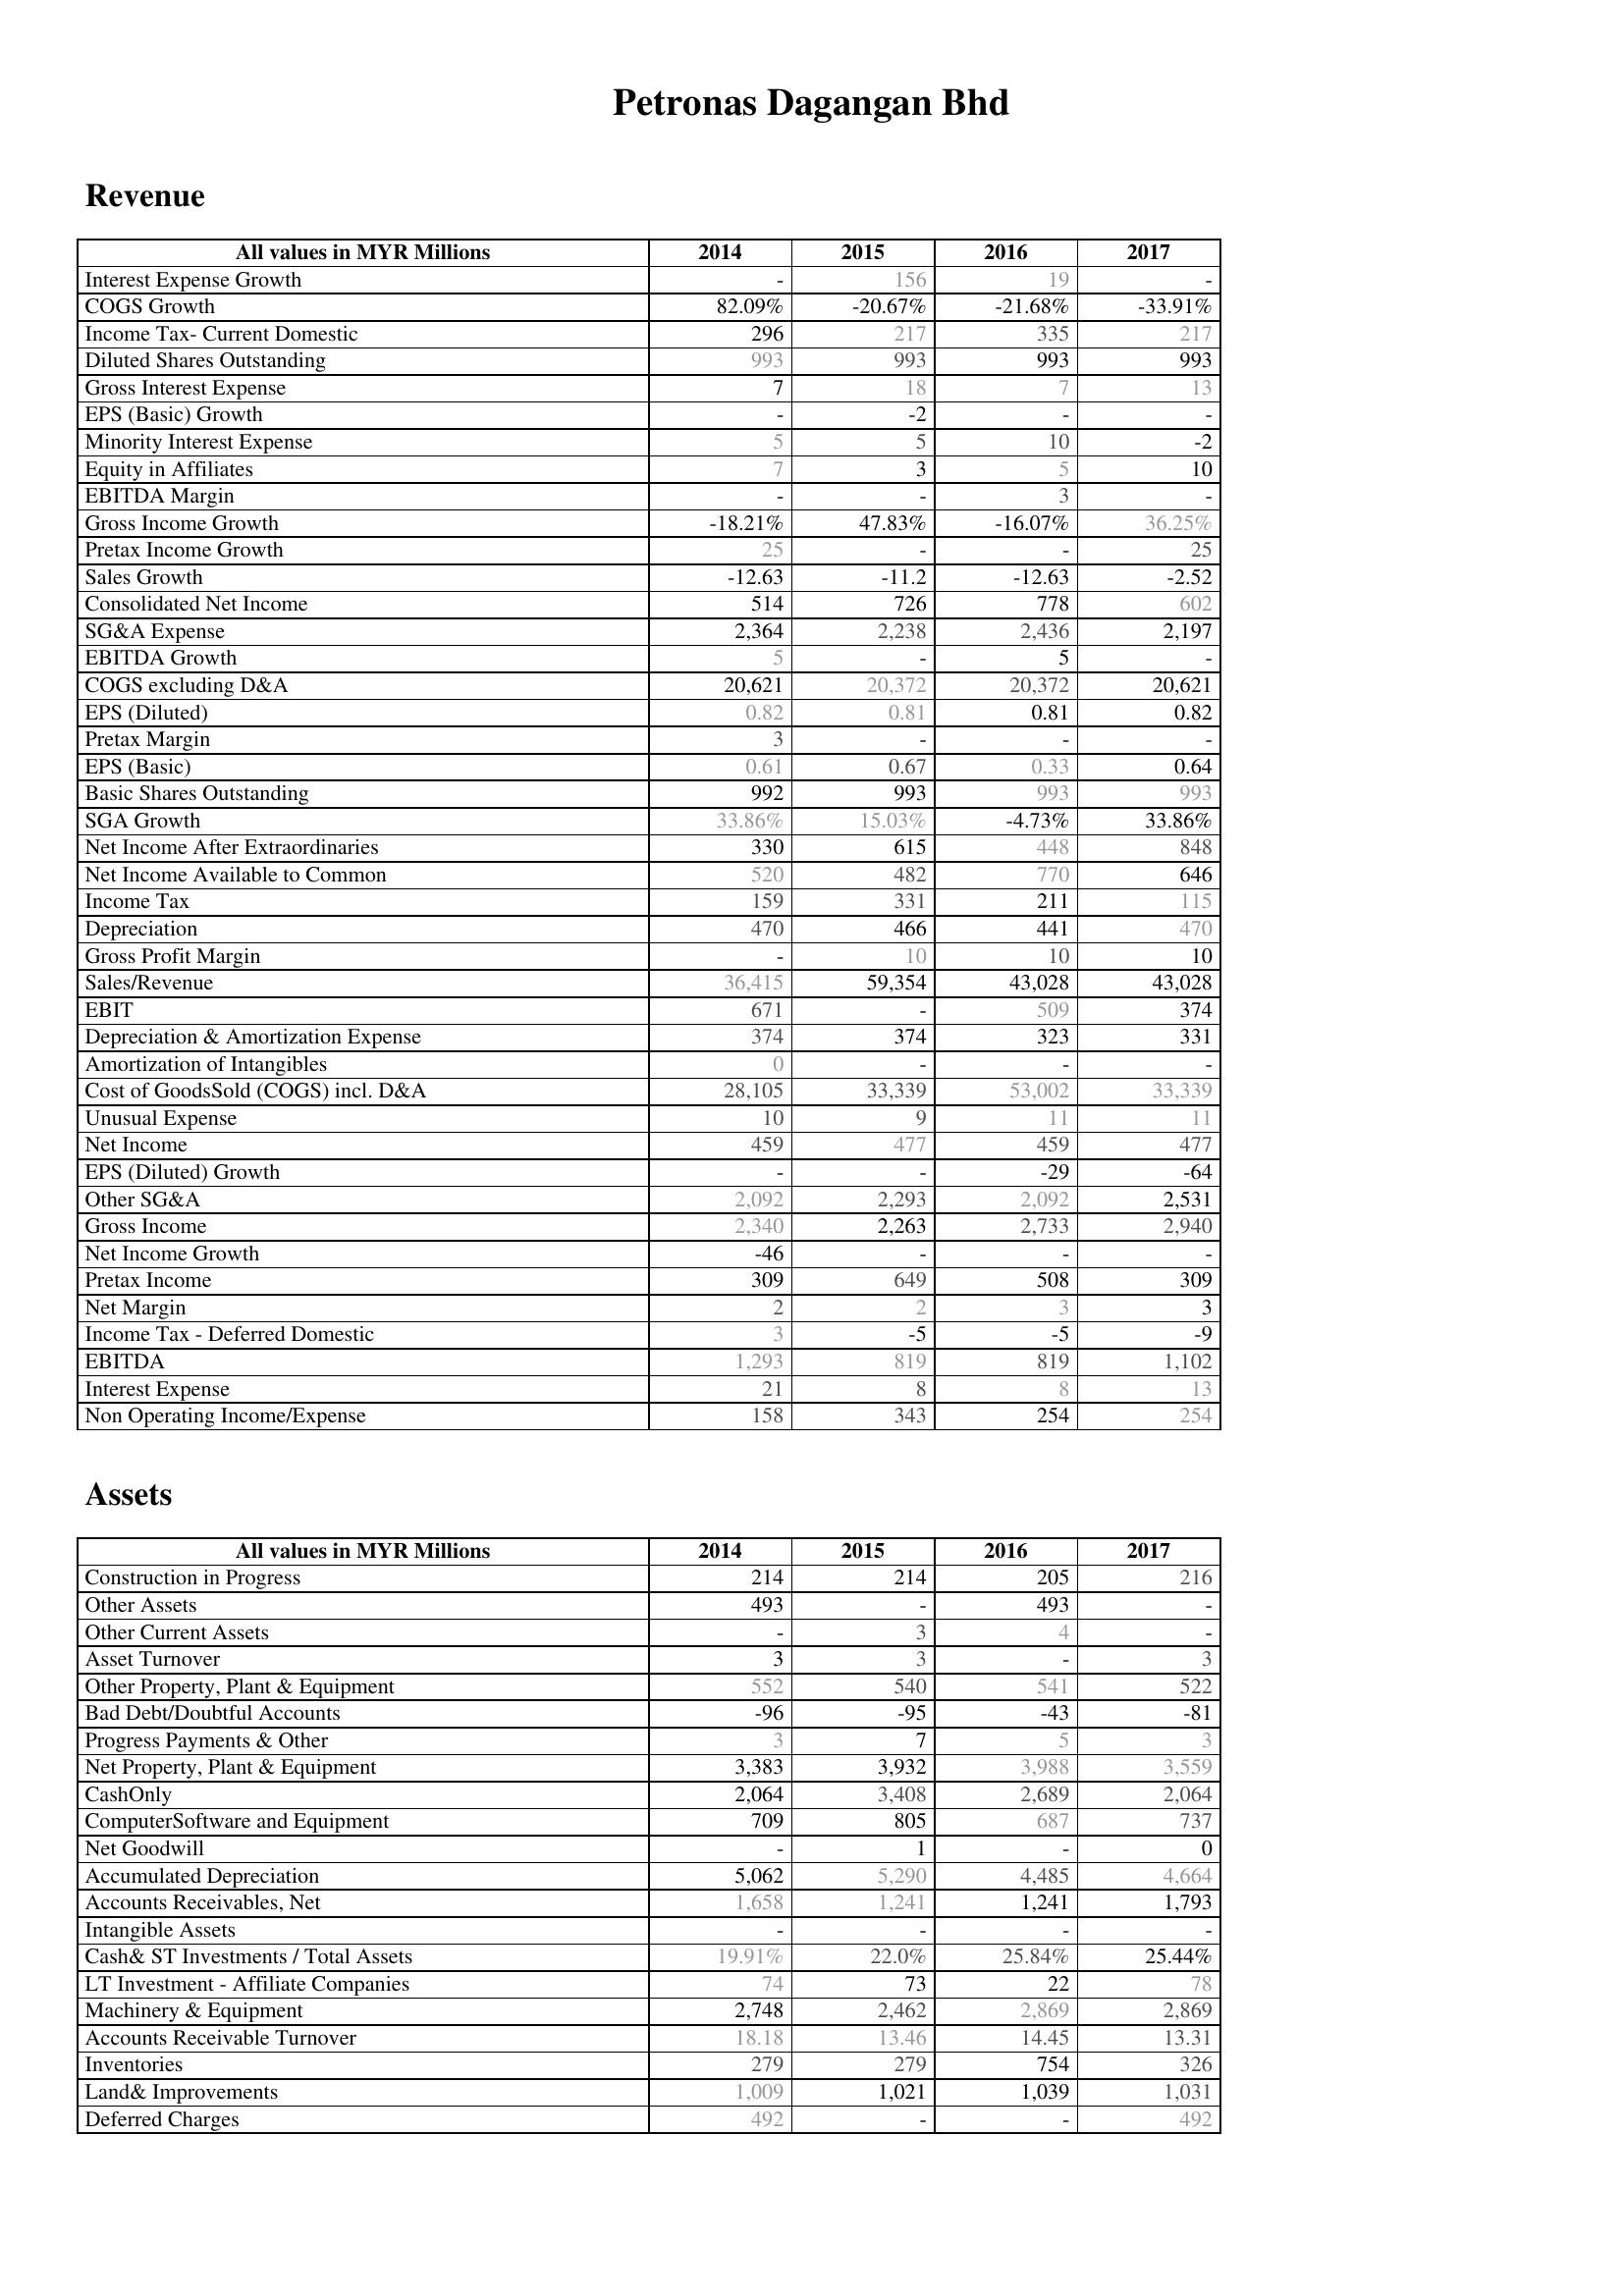
2014: Revenue: Interest Expense Growth: -
COGS Growth: 82.09%
Income Tax- Current Domestic: 296
Diluted Shares Outstanding: 993
Gross Interest Expense: 7
EPS (Basic) Growth: -
Minority Interest Expense: 5
Equity in Affiliates: 7
EBITDA Margin: -
Gross Income Growth: -18.21%
Pretax Income Growth: 25
Sales Growth: -12.63
Consolidated Net Income: 514
SG&A Expense: 2,364
EBITDA Growth: 5
COGS excluding D&A: 20,621
EPS (Diluted): 0.82
Pretax Margin: 3
EPS (Basic): 0.61
Basic Shares Outstanding: 992
SGA Growth: 33.86%
Net Income After Extraordinaries: 330
Net Income Available to Common: 520
Income Tax: 159
Depreciation: 470
Gross Profit Margin: -
Sales/Revenue: 36,415
EBIT: 671
Depreciation & Amortization Expense: 374
Amortization of Intangibles: 0
Cost of GoodsSold (COGS) incl. D&A: 28,105
Unusual Expense: 10
Net Income: 459
EPS (Diluted) Growth: -
Other SG&A: 2,092
Gross Income: 2,340
Net Income Growth: -46
Pretax Income: 309
Net Margin: 2
Income Tax - Deferred Domestic: 3
EBITDA: 1,293
Interest Expense: 21
Non Operating Income/Expense: 158
Assets: Construction in Progress: 214
Other Assets: 493
Other Current Assets: -
Asset Turnover: 3
Other Property, Plant & Equipment: 552
Bad Debt/Doubtful Accounts: -96
Progress Payments & Other: 3
Net Property, Plant & Equipment: 3,383
CashOnly: 2,064
ComputerSoftware and Equipment: 709
Net Goodwill: -
Accumulated Depreciation: 5,062
Accounts Receivables, Net: 1,658
Intangible Assets: -
Cash& ST Investments / Total Assets: 19.91%
LT Investment - Affiliate Companies: 74
Machinery & Equipment: 2,748
Accounts Receivable Turnover: 18.18
Inventories: 279
Land& Improvements: 1,009
Deferred Charges: 492
2015: Revenue: Interest Expense Growth: 156
COGS Growth: -20.67%
Income Tax- Current Domestic: 217
Diluted Shares Outstanding: 993
Gross Interest Expense: 18
EPS (Basic) Growth: -2
Minority Interest Expense: 5
Equity in Affiliates: 3
EBITDA Margin: -
Gross Income Growth: 47.83%
Pretax Income Growth: -
Sales Growth: -11.2
Consolidated Net Income: 726
SG&A Expense: 2,238
EBITDA Growth: -
COGS excluding D&A: 20,372
EPS (Diluted): 0.81
Pretax Margin: -
EPS (Basic): 0.67
Basic Shares Outstanding: 993
SGA Growth: 15.03%
Net Income After Extraordinaries: 615
Net Income Available to Common: 482
Income Tax: 331
Depreciation: 466
Gross Profit Margin: 10
Sales/Revenue: 59,354
EBIT: -
Depreciation & Amortization Expense: 374
Amortization of Intangibles: -
Cost of GoodsSold (COGS) incl. D&A: 33,339
Unusual Expense: 9
Net Income: 477
EPS (Diluted) Growth: -
Other SG&A: 2,293
Gross Income: 2,263
Net Income Growth: -
Pretax Income: 649
Net Margin: 2
Income Tax - Deferred Domestic: -5
EBITDA: 819
Interest Expense: 8
Non Operating Income/Expense: 343
Assets: Construction in Progress: 214
Other Assets: -
Other Current Assets: 3
Asset Turnover: 3
Other Property, Plant & Equipment: 540
Bad Debt/Doubtful Accounts: -95
Progress Payments & Other: 7
Net Property, Plant & Equipment: 3,932
CashOnly: 3,408
ComputerSoftware and Equipment: 805
Net Goodwill: 1
Accumulated Depreciation: 5,290
Accounts Receivables, Net: 1,241
Intangible Assets: -
Cash& ST Investments / Total Assets: 22.0%
LT Investment - Affiliate Companies: 73
Machinery & Equipment: 2,462
Accounts Receivable Turnover: 13.46
Inventories: 279
Land& Improvements: 1,021
Deferred Charges: -
2016: Revenue: Interest Expense Growth: 19
COGS Growth: -21.68%
Income Tax- Current Domestic: 335
Diluted Shares Outstanding: 993
Gross Interest Expense: 7
EPS (Basic) Growth: -
Minority Interest Expense: 10
Equity in Affiliates: 5
EBITDA Margin: 3
Gross Income Growth: -16.07%
Pretax Income Growth: -
Sales Growth: -12.63
Consolidated Net Income: 778
SG&A Expense: 2,436
EBITDA Growth: 5
COGS excluding D&A: 20,372
EPS (Diluted): 0.81
Pretax Margin: -
EPS (Basic): 0.33
Basic Shares Outstanding: 993
SGA Growth: -4.73%
Net Income After Extraordinaries: 448
Net Income Available to Common: 770
Income Tax: 211
Depreciation: 441
Gross Profit Margin: 10
Sales/Revenue: 43,028
EBIT: 509
Depreciation & Amortization Expense: 323
Amortization of Intangibles: -
Cost of GoodsSold (COGS) incl. D&A: 53,002
Unusual Expense: 11
Net Income: 459
EPS (Diluted) Growth: -29
Other SG&A: 2,092
Gross Income: 2,733
Net Income Growth: -
Pretax Income: 508
Net Margin: 3
Income Tax - Deferred Domestic: -5
EBITDA: 819
Interest Expense: 8
Non Operating Income/Expense: 254
Assets: Construction in Progress: 205
Other Assets: 493
Other Current Assets: 4
Asset Turnover: -
Other Property, Plant & Equipment: 541
Bad Debt/Doubtful Accounts: -43
Progress Payments & Other: 5
Net Property, Plant & Equipment: 3,988
CashOnly: 2,689
ComputerSoftware and Equipment: 687
Net Goodwill: -
Accumulated Depreciation: 4,485
Accounts Receivables, Net: 1,241
Intangible Assets: -
Cash& ST Investments / Total Assets: 25.84%
LT Investment - Affiliate Companies: 22
Machinery & Equipment: 2,869
Accounts Receivable Turnover: 14.45
Inventories: 754
Land& Improvements: 1,039
Deferred Charges: -
2017: Revenue: Interest Expense Growth: -
COGS Growth: -33.91%
Income Tax- Current Domestic: 217
Diluted Shares Outstanding: 993
Gross Interest Expense: 13
EPS (Basic) Growth: -
Minority Interest Expense: -2
Equity in Affiliates: 10
EBITDA Margin: -
Gross Income Growth: 36.25%
Pretax Income Growth: 25
Sales Growth: -2.52
Consolidated Net Income: 602
SG&A Expense: 2,197
EBITDA Growth: -
COGS excluding D&A: 20,621
EPS (Diluted): 0.82
Pretax Margin: -
EPS (Basic): 0.64
Basic Shares Outstanding: 993
SGA Growth: 33.86%
Net Income After Extraordinaries: 848
Net Income Available to Common: 646
Income Tax: 115
Depreciation: 470
Gross Profit Margin: 10
Sales/Revenue: 43,028
EBIT: 374
Depreciation & Amortization Expense: 331
Amortization of Intangibles: -
Cost of GoodsSold (COGS) incl. D&A: 33,339
Unusual Expense: 11
Net Income: 477
EPS (Diluted) Growth: -64
Other SG&A: 2,531
Gross Income: 2,940
Net Income Growth: -
Pretax Income: 309
Net Margin: 3
Income Tax - Deferred Domestic: -9
EBITDA: 1,102
Interest Expense: 13
Non Operating Income/Expense: 254
Assets: Construction in Progress: 216
Other Assets: -
Other Current Assets: -
Asset Turnover: 3
Other Property, Plant & Equipment: 522
Bad Debt/Doubtful Accounts: -81
Progress Payments & Other: 3
Net Property, Plant & Equipment: 3,559
CashOnly: 2,064
ComputerSoftware and Equipment: 737
Net Goodwill: 0
Accumulated Depreciation: 4,664
Accounts Receivables, Net: 1,793
Intangible Assets: -
Cash& ST Investments / Total Assets: 25.44%
LT Investment - Affiliate Companies: 78
Machinery & Equipment: 2,869
Accounts Receivable Turnover: 13.31
Inventories: 326
Land& Improvements: 1,031
Deferred Charges: 492